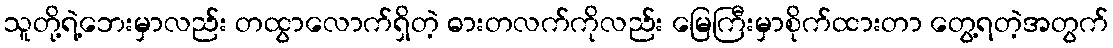
သူတို့ရဲ့ဘေးမှာလည်း တထွာလောက်ရှိတဲ့ ဓားတလက်ကိုလည်း မြေကြီးမှာစိုက်ထားတာ တွေ့ရတဲ့အတွက်